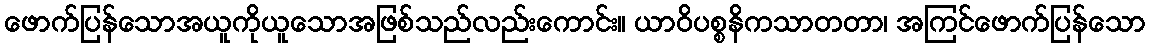
ဖောက်ပြန်သောအယူကိုယူသောအဖြစ်သည်လည်းကောင်း။ ယာဝိပစ္စနိကသာတတာ၊ အကြင်ဖောက်ပြန်သော